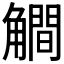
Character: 𰴦